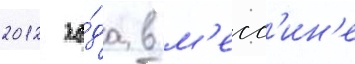
2012 го́да в м'есс'ин'е